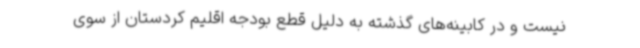
نیست و در کابینه‌های گذشته به دلیل قطع بودجه اقلیم کردستان از سوی